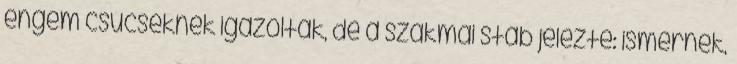
engem csúcséknek igazoltak, de a szakmai stáb jelezte: ismernek,